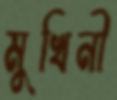
মুখিনী